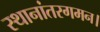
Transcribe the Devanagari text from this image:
स्थानांतरगमन।